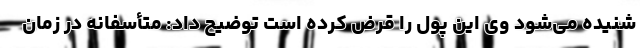
شنیده می‌شود وی این پول را قرض کرده است توضیح داد: متأسفانه در زمان